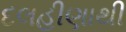
દલહીણાથી